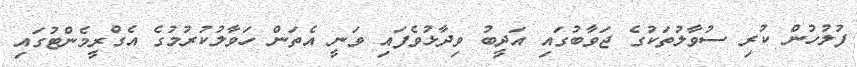
ފުލުހުން ކުރި ސުވާލުތަކުގެ ޖަވާބުގައި އަދީބު ވިދާޅުވެފައި ވަނީ އެތަން ހަވާލުކުރުމުގެ އެގްރީމެންޓުގައި